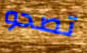
تصحو